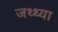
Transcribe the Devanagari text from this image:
जथ्थ्या